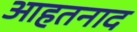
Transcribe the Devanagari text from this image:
आहतनाद